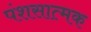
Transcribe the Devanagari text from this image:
पंशसात्मक